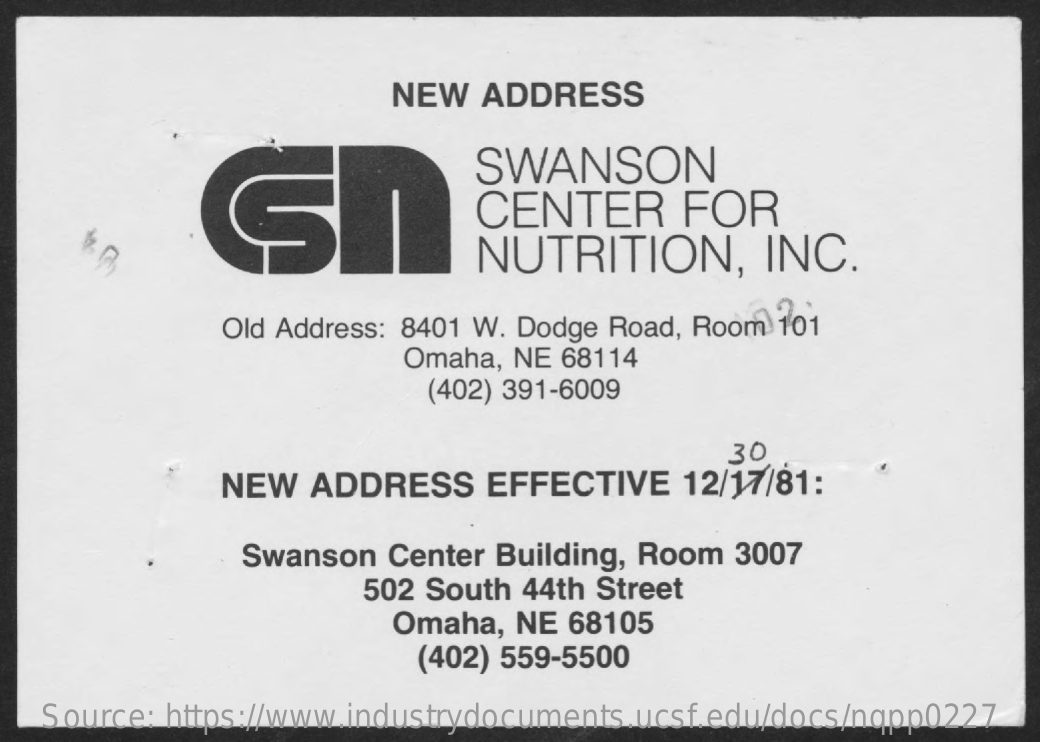
NEW  ADDRESS
     SWANSON
     CENTER    FOR
     NUTRITION,    INC. 84
     Old Address: 8401 W. Dodge Road, Room 101
     Omaha, NE 68114
     (402) 391-6009
     NEW  ADDRESS    EFFECTIVE   12/17/81:
     30
     Swanson  Center Building, Room 3007
     502 South 44th Street
     Omaha, NE 68105
     (402) 559-5500
   Source: https://www.industrydocuments.ucsf.edu/docs/nqpp0227